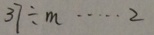
3 7 \div m \cdots 2